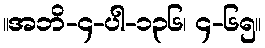
။အဘိ-၄-ပါ-၁၃၆၊ ၄-၆၅။